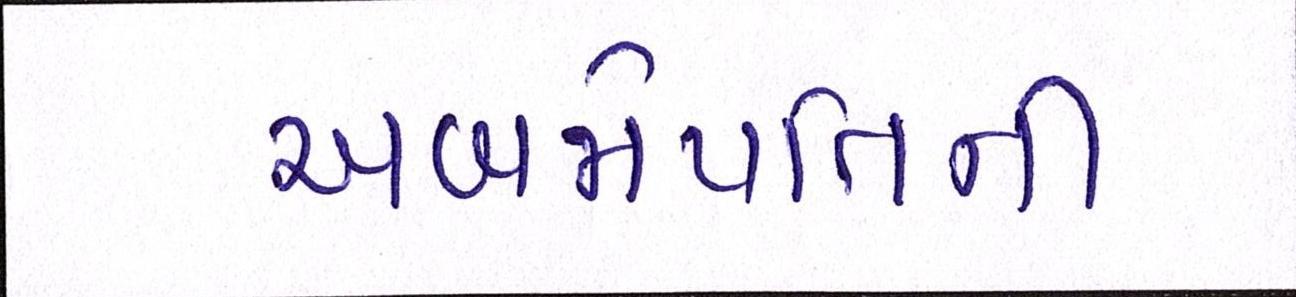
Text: અબજોપતિની